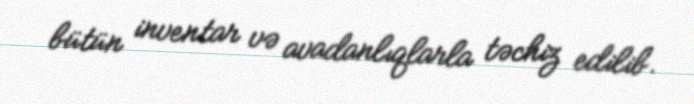
bütün inventar və avadanlıqlarla təchiz edilib.